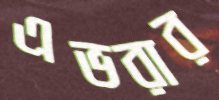
এভরার